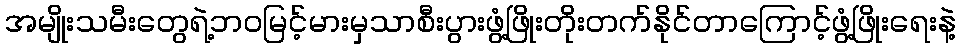
အမျိုးသမီးတွေရဲ့ဘဝမြင့်မားမှသာစီးပွားဖွံ့ဖြိုးတိုးတက်နိုင်တာကြောင့်ဖွံ့ဖြိုးရေးနဲ့